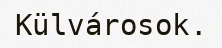
Külvárosok.